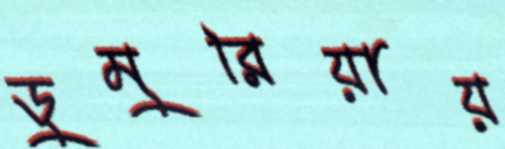
ডুমুরিয়ায়